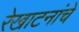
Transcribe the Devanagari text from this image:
रेखाटनांचे